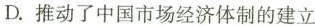
D.推动了中国市场经济体制的建立